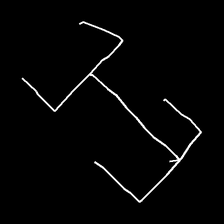
Glyph: entwine